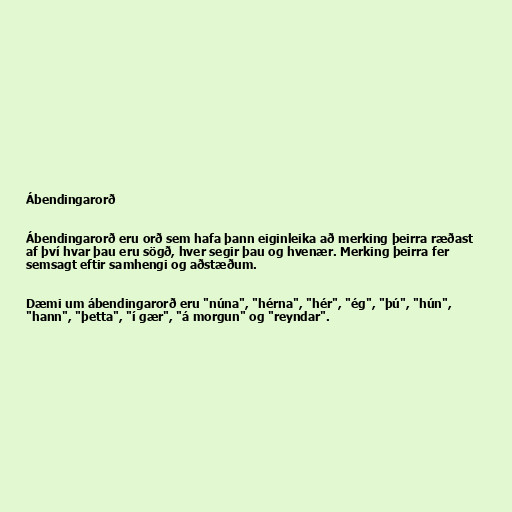
Ábendingarorð

Ábendingarorð eru orð sem hafa þann eiginleika að merking þeirra ræðast
af því hvar þau eru sögð, hver segir þau og hvenær. Merking þeirra fer
semsagt eftir samhengi og aðstæðum.

Dæmi um ábendingarorð eru "núna", "hérna", "hér", "ég", "þú", "hún",
"hann", "þetta", "í gær", "á morgun" og "reyndar".